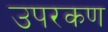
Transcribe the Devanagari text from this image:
उपरकण